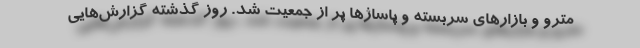
مترو و بازارهای سربسته و پاساژها پر از جمعیت شد. روز گذشته گزارش‌هایی